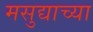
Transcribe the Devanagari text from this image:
मसुद्याच्या